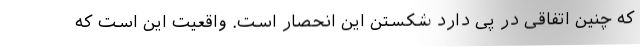
که چنین اتفاقی در پی دارد شکستن این انحصار است. واقعیت این است که